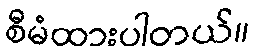
စီမံထားပါတယ်။